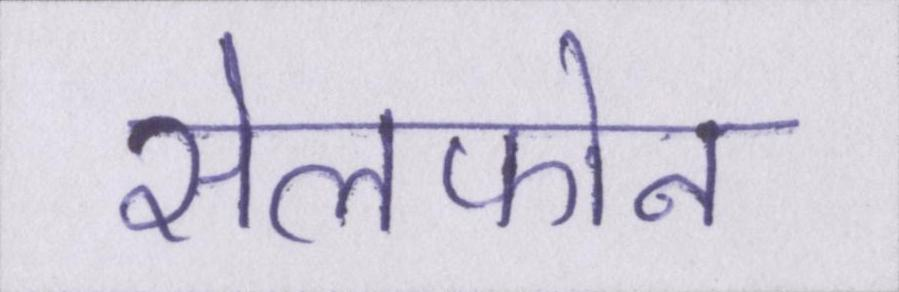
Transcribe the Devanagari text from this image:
सेलफोन